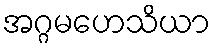
အဂ္ဂမဟေသိယာ